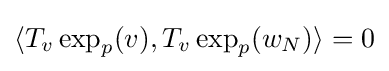
\langle T_{v}\exp _{p}(v),T_{v}\exp _{p}(w_{N})\rangle =0